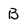
Character: B